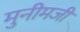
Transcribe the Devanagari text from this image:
मुनीमजी